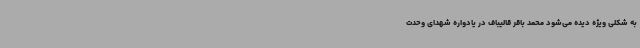
به شکلی ویژه دیده می‌شود محمد باقر قالیباف در یادواره شهدای وحدت